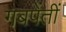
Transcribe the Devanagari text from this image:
गबपेंतीं